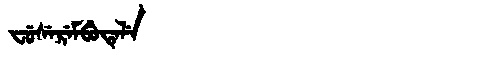
Manchu: ᠸᡠᠰᡝᡵᡝᠮᠪᡠᡨᡝᠯᡝ
Romanization: FUSEREMBUTELE